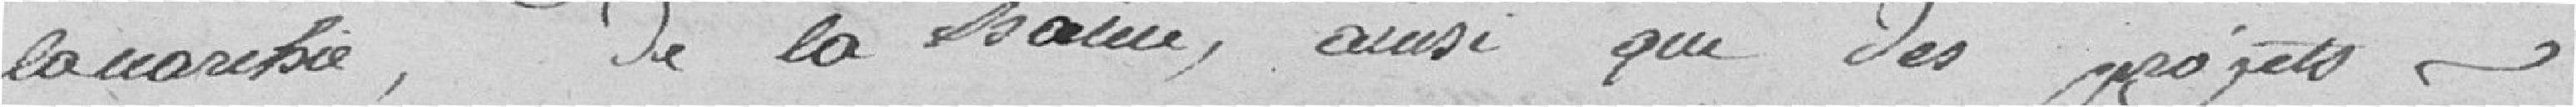
lanarchie, de la haine, ainsi que des projets